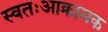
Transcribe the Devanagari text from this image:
स्वतःआक्रामक